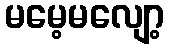
မမေ့မလျော့